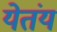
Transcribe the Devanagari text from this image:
येतंय